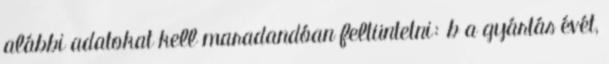
alábbi adatokat kell maradandóan feltüntetni: b a gyártás évét,